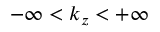
- \infty < k _ { z } < + \infty